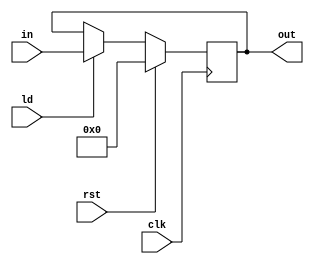
module register(input clk, rst, ld,
                input [31:0] in,
                output reg [31:0] out);

  always @ (posedge clk) begin
    if (rst)
      out <= 0;
    else if (ld)
      out <= in;
  end
  
endmodule